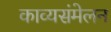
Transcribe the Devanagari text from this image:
काव्यसंमेलन